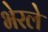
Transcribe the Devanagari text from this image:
भेरले